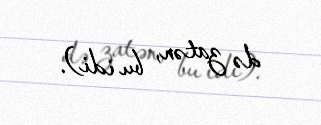
də zatən, bu idi).